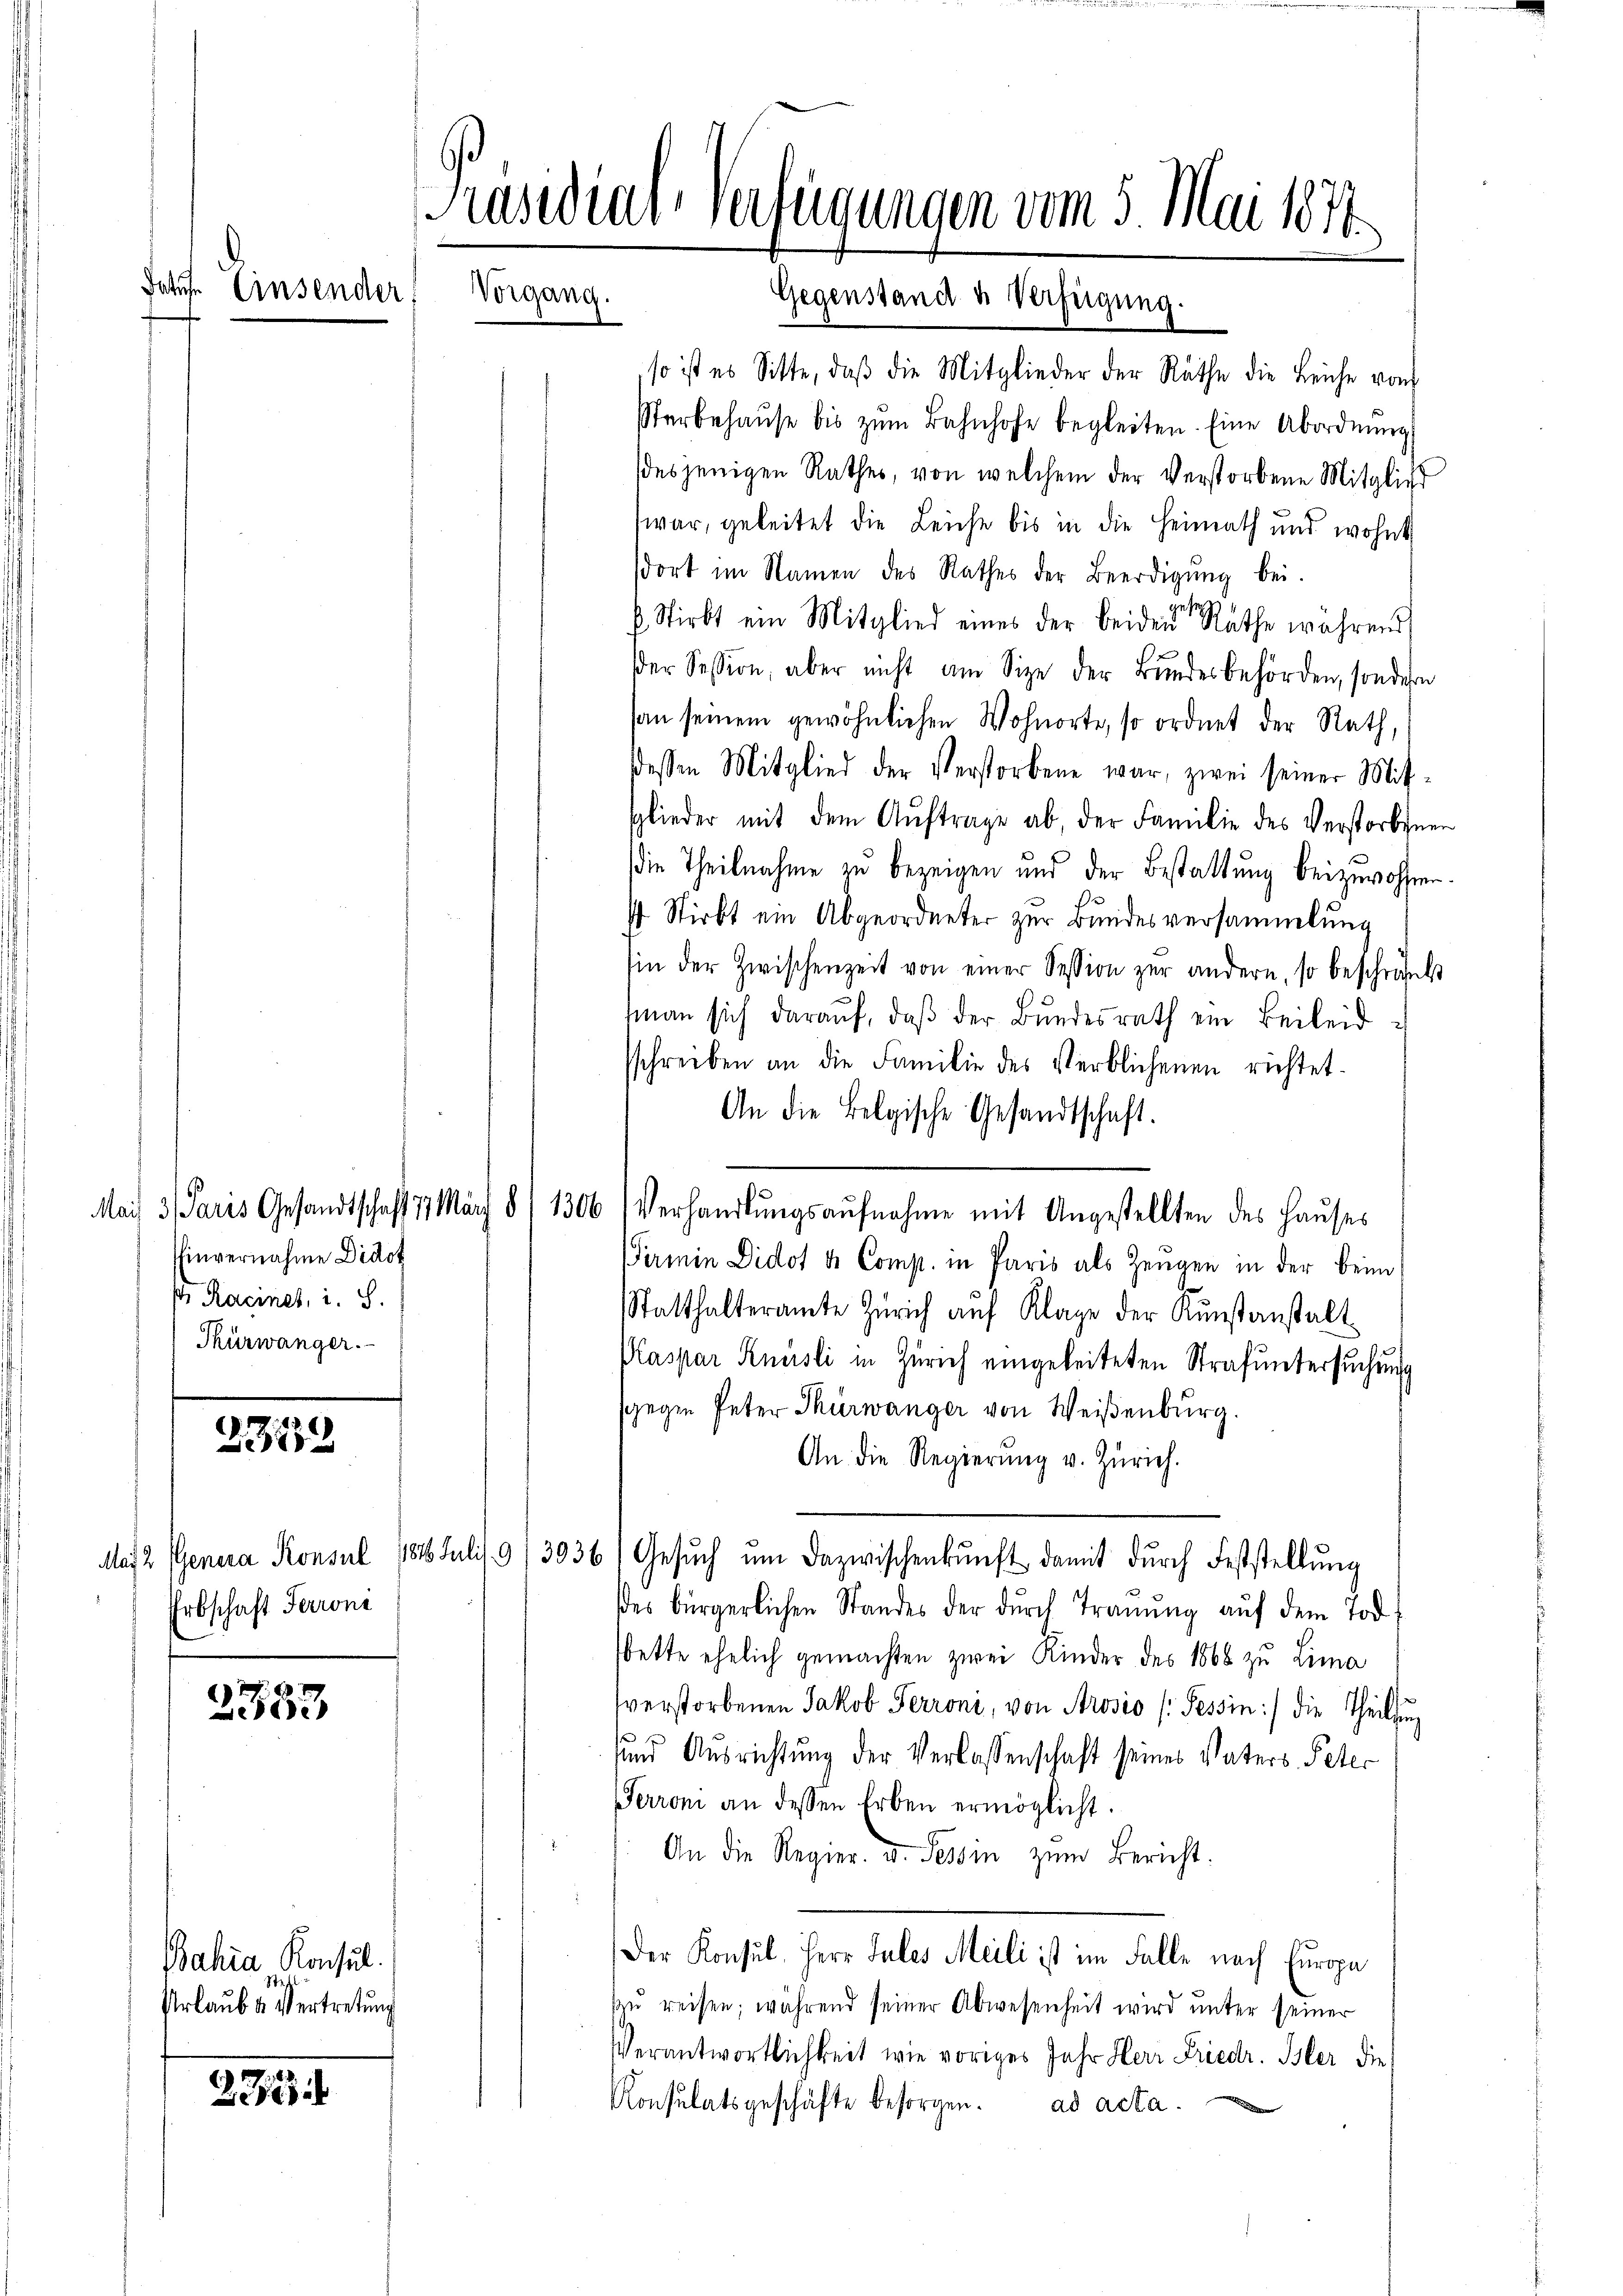
Fatr. Einsender

23352

2353

226

Bahia Konsul
Urlaube Vertretung

Einvernahme Didot
 Racines, i. S.
Thürwänger.

Präsidial-Verfügungen vom 5. Mai 1870

Erbschaft Terroni

Vorgang.

so ist es Sitte, daß die Mitglieder der Räthe die Leiche von
Sterbehause bis zŭm Bahnhofe begleiten. Eine Abordnung
desjenigen Rathes, von welchem der verstorbene Mitglicht
war, geleitet die Leiche bis in die Heimath und wohnt
dort im Namen des Rathes der Beerdigŭng bei.
 Stirbt ein Mitglied eines der beidende Rathe während
der Session, aber nicht am Size der Bundesbehörden, sondern
an seinem gewöhnlichen Wohnorte, so ordnet der Rath,
dessen Mitglied der Verstorbene war, zwei seiner Mit-
sglieder mit dem Aŭftrage ab, der Familie des Verstorbenen
die Theilnahme zu bezeigen und der Bestattung beizuwohnen.
4 Stirbt ein Abgeordneter zur Bundesversammlung
sin der Zwischenzeit von einer Session zur andern, so beschränkt
man sich daraŭf, daβ der Bŭndesrath ein Beileid
sschreiben an die Familie des Verblichenen richtet.
An die Belgische Gesandtschaft.
Mai 3 Paris Gesandtschaft 11 März 8/1306 (Verhandlŭngsaŭfnahme mit Angestellten des Haŭses
Fermin Didot de Comp. in Paris als Zeugen in der beim
Statthalteramte Zürich auf Klage der Kunstanstalt
Plaspar Knüsli in Zürich eingeleiteten Strafuntersuchung
sgegen Peter Thürwänger von Weisenburg.
An die Regierŭng v. Zürich.
Mas 2 Genera Konsul 1816. Juli 9/3936) Gesŭch ŭm dazwischenkunft damit dŭrch Feststellŭng
des bürgerlichen Standes der dŭrch Trauung aŭf dem Tod
bette ehelich gemachten zwei Kinder des 1868 zu Lima
verstorbenen Jakob Perroni, von Prosio (: Tessin:/ die Theilung
sund Ausrichtung der Verlassenschaft seines Vaters Peter
Terroni an dessen Erben ermöglicht.
An die Regier- u. Tessin zŭm Bericht.
Der Konsul, Herr Jules Meili ist im Falle nach Europa
zŭ reisen; während seiner Abwesenheit wird unter seiner
Verantwortlichkeit, wie voriges Jahr Herr Friedr. Isler die
Konsulatsgeschäfte besorgen. ad acta.

igung